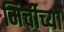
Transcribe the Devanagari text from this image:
मिर्चीच्या